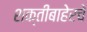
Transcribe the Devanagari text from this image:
शक्तीबाहेरचे